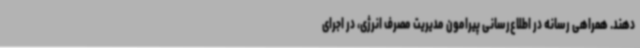
دهند. همراهی رسانه در اطلاع‌رسانی پیرامون مدیریت مصرف انرژی، در اجرای